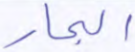
البحار